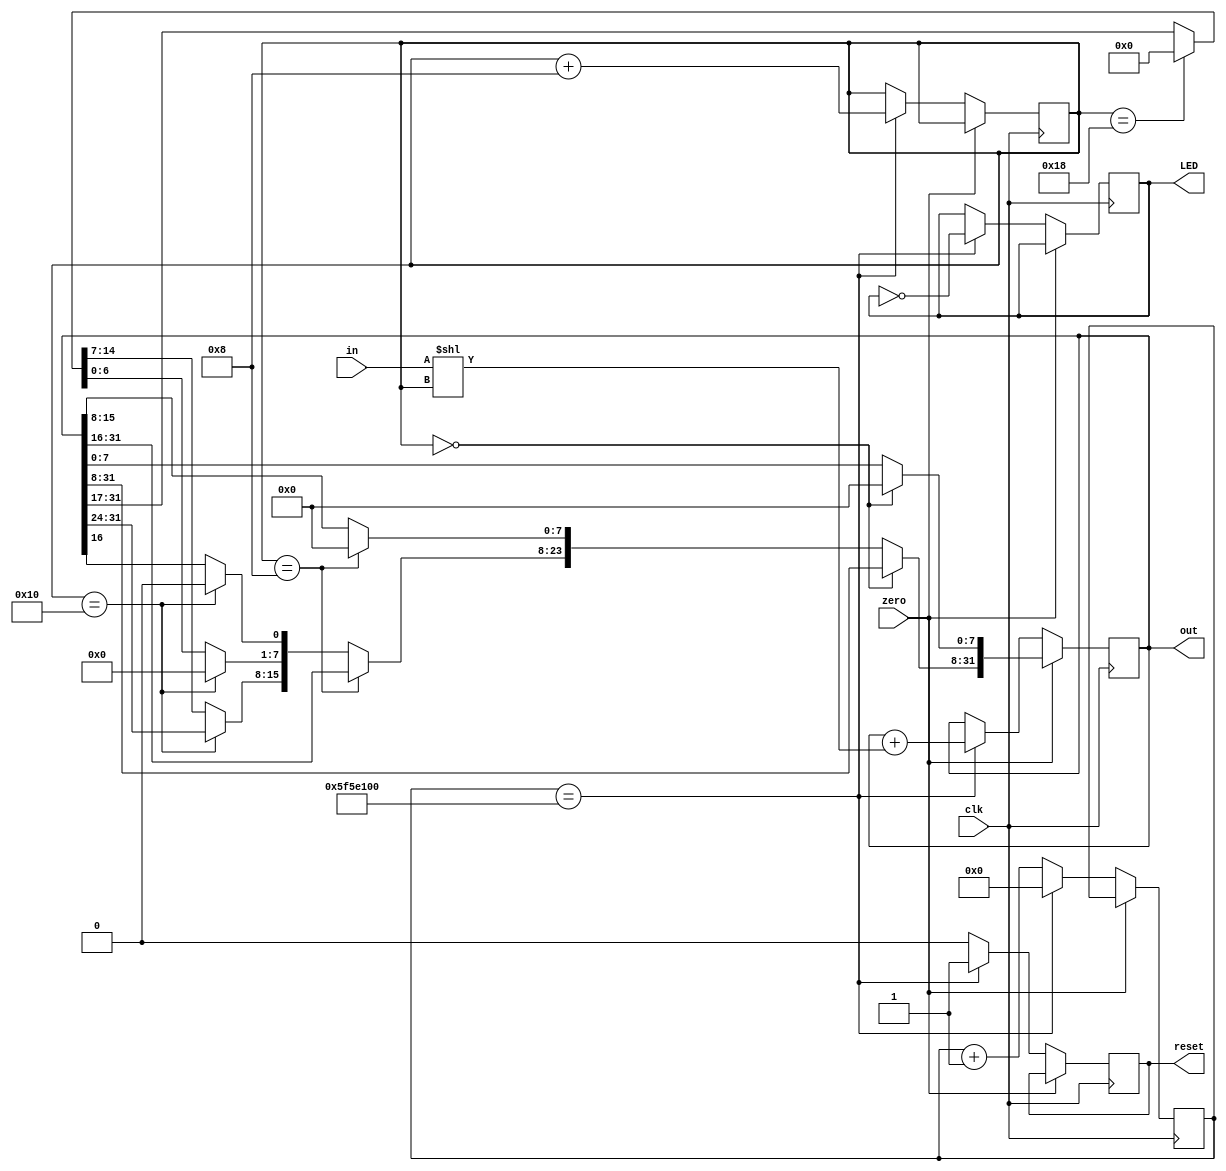
module trigger_clock (zero, clk, in, out, reset, LED);

input clk, zero; //clk to defin time bins, zero to set to zero counts in bins
input [31:0] in; //input from count module (button presses)
output reg [31:0] out; //output into time bins
output reg reset, LED; //reset back to count module, LED for tests
reg [31:0] i; //used to set time bin
reg [4:0] k; //used for bit shif
reg[31:0] intern; //used for bit shift

always @(posedge clk)
begin

if (zero) //used to selectc appropriate bits for zeroing according to time bin
begin
if(k==5'b0)
out [7:0]=8'b0;

else if(k==5'b01000)
out[15:8]=8'b0;

else if (k==5'b10000)
out[23:16]=8'b0;

else if(k==5'b11000)
out[31:17]=8'b0;

end

else if (i==32'd100000000) // runs once per time bin 
begin
intern=in << k; //internal variable assigned to the counts shifted into correct time bin placement
out = out+intern; //counts added to time bins of output
reset=1; //reset back to count module, starts count afresh
LED=!LED;
i=0; 
k=k+5'b01000; //changes bit shift amount for appropriate time bin.
end

else // counts i until time step condition met.
begin 
i<=i+1;
reset<=0;
end

end
endmodule